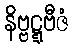
နိဗ္ဗဋ္ဋဗီဇံ